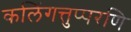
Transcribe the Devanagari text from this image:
कलिंगत्तुप्परणि